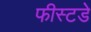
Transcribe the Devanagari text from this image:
फीस्टडे